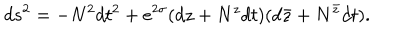
LaTeX: d s ^ { 2 } = - N ^ { 2 } d t ^ { 2 } + e ^ { 2 \sigma } ( d z + N ^ { z } d t ) ( d \bar { z } + N ^ { \bar { z } } d t ) .